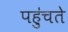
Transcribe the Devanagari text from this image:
पहु॑चते